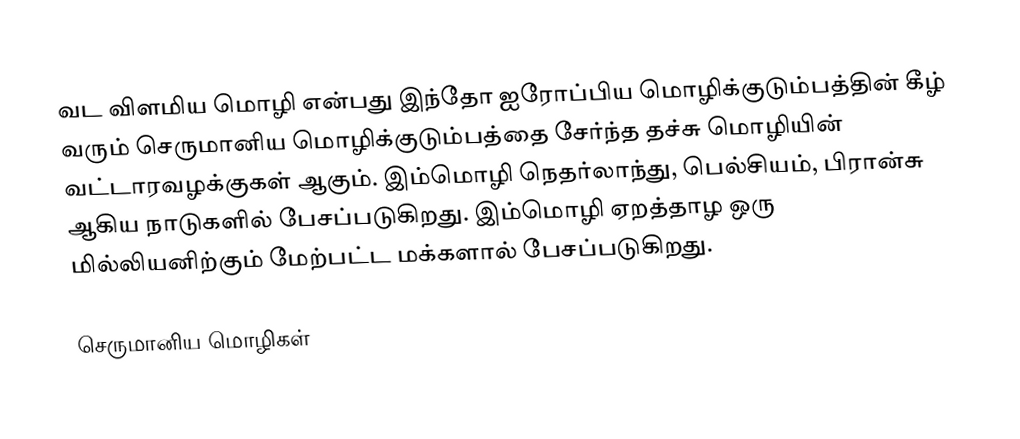
வட விளமிய மொழி என்பது இந்தோ ஐரோப்பிய மொழிக்குடும்பத்தின் கீழ் வரும் செருமானிய மொழிக்குடும்பத்தை சேர்ந்த தச்சு மொழியின் வட்டாரவழக்குகள் ஆகும். இம்மொழி நெதர்லாந்து, பெல்சியம், பிரான்சு ஆகிய நாடுகளில் பேசப்படுகிறது. இம்மொழி ஏறத்தாழ ஒரு மில்லியனிற்கும் மேற்பட்ட மக்களால் பேசப்படுகிறது.

செருமானிய மொழிகள்